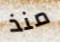
منذ